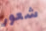
شعور